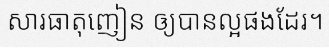
សារធាតុញៀន ឲ្យបានល្អផងដែរ។